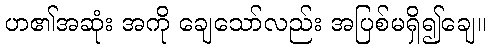
ဟ၏အဆုံး အကို ချေသော်လည်း အပြစ်မရှိ၍ချေ။